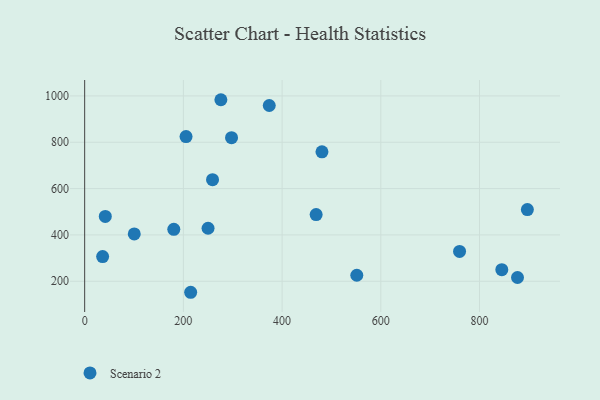
{"axis": {"x": "Ad Spend", "y": "Profit"}, "legend": ["Scenario 2"], "data": [{"x": "897.0", "y": 509.5, "type": "Scenario 2"}, {"x": "480.8", "y": 758.9, "type": "Scenario 2"}, {"x": "100.5", "y": 404.3, "type": "Scenario 2"}, {"x": "469.0", "y": 487.9, "type": "Scenario 2"}, {"x": "297.6", "y": 819.8, "type": "Scenario 2"}, {"x": "180.6", "y": 424.2, "type": "Scenario 2"}, {"x": "41.8", "y": 480.0, "type": "Scenario 2"}, {"x": "36.4", "y": 306.4, "type": "Scenario 2"}, {"x": "276.0", "y": 983.6, "type": "Scenario 2"}, {"x": "205.4", "y": 824.4, "type": "Scenario 2"}, {"x": "845.2", "y": 249.8, "type": "Scenario 2"}, {"x": "259.1", "y": 638.5, "type": "Scenario 2"}, {"x": "214.8", "y": 152.4, "type": "Scenario 2"}, {"x": "551.4", "y": 225.8, "type": "Scenario 2"}, {"x": "877.0", "y": 216.2, "type": "Scenario 2"}, {"x": "250.0", "y": 428.7, "type": "Scenario 2"}, {"x": "374.0", "y": 958.7, "type": "Scenario 2"}, {"x": "759.6", "y": 328.7, "type": "Scenario 2"}]}